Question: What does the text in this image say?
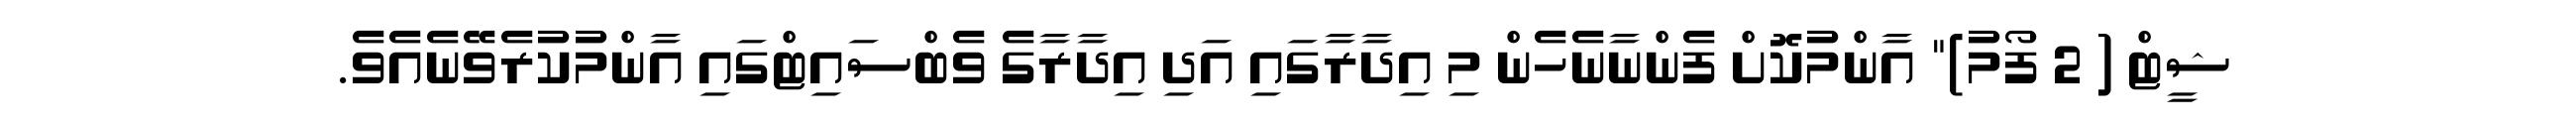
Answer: ޝީޓް ( 2 ފޯމު)" އާންމުކޮށް ފެންނާނެހެން މި އިދާރާގައި އަދި އިދާރާގެ ވެބްސައިޓްގައި އާންމުކުރެވޭނެއެވެ.